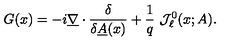
G ( x ) = - i \underline { { \nabla } } \cdot \frac { \delta } { \delta \underline { { A } } ( x ) } + \frac 1 q \ { \mathcal J } _ { \ell } ^ { 0 } ( x ; A ) .